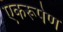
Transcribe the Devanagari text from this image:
एकरूपेण